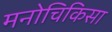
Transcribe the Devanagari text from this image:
मनोचिकिसा